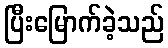
ပြီးမြောက်ခဲ့သည်